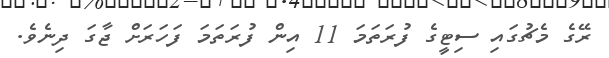
ރޭގެ މެޗުގައި ސިޓީގެ ފުރަތަމަ 11 އިން ފުރަތަމަ ފަހަރަށް ޖާގަ ދިނެވެ.